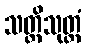
သတ္တိသုတ္တံ